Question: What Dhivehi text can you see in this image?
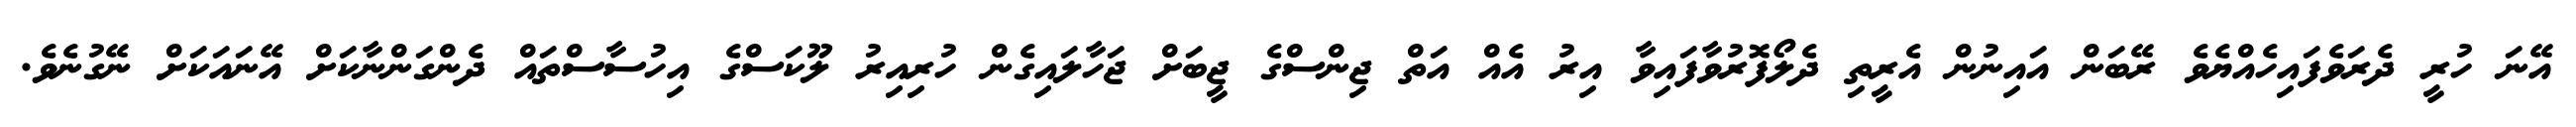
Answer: އޭނަ ހުރީ ދެރަވެފައިހެއްޔެވެ ރޭބަން އައިނުން އެރީތި ދެލޯފޮރުވާފައިވާ އިރު އެއް އަތް ޖިންސްގެ ޖީބަށް ޖަހާލައިގެން ހުރިއިރު ލޫކަސްގެ އިހުސާސްތައް ދެންގަންނާކަށް އޭނައަކަށް ނޭގުނެވެ.